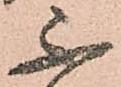
不